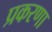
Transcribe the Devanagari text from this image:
प्रकरणा